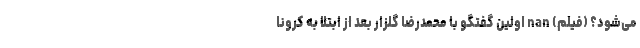
می‌شود؟ (فیلم) nan اولین گفتگو با محمدرضا گلزار بعد از ابتلا به کرونا